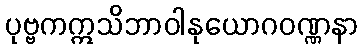
ပုဗ္ဗကဣသိဘာဝါနုယောဂဝဏ္ဏနာ